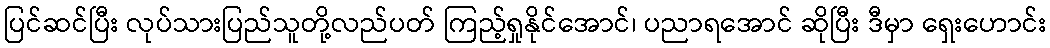
ပြင်ဆင်ပြီး လုပ်သားပြည်သူတို့လည်ပတ် ကြည့်ရှုနိုင်အောင်၊ ပညာရအောင် ဆိုပြီး ဒီမှာ ရှေးဟောင်း